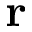
\mathbf { r }